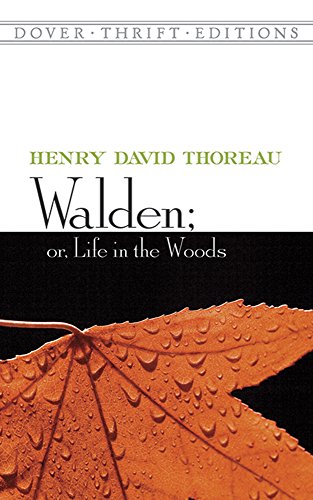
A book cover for Walden; Or, Life in the Woods (Dover Thrift Editions); Henry David Thoreau; Science & Math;